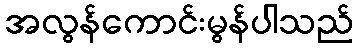
အလွန်ကောင်းမွန်ပါသည်